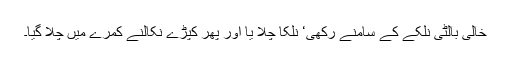
خالی بالٹی نلکے کے سامنے رکھی‘ نلکا چلا یا اور پھر کپڑے نکالنے کمرے میں چلا گیا۔